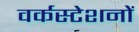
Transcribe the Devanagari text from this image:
वर्कस्टेशनों